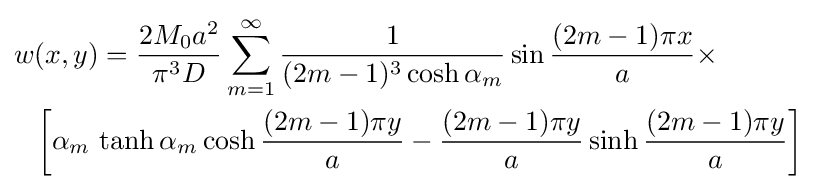
{\begin{aligned}&w(x,y)={\frac {2M_{0}a^{2}}{\pi ^{3}D}}\sum _{m=1}^{\infty }{\frac {1}{(2m-1)^{3}\cosh \alpha _{m}}}\sin {\frac {(2m-1)\pi x}{a}}\times \\&~~\left[\alpha _{m}\,\tanh \alpha _{m}\cosh {\frac {(2m-1)\pi y}{a}}-{\frac {(2m-1)\pi y}{a}}\sinh {\frac {(2m-1)\pi y}{a}}\right]\end{aligned}}